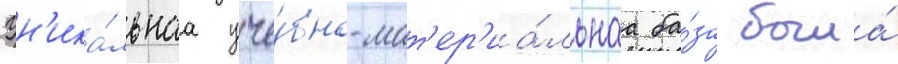
Ун'ика́льнаа уче́бно-мат'ер'иа́льнаа ба́за была́